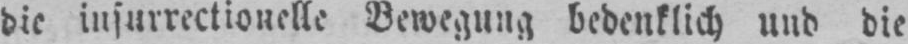
die insurrectionelle Bewegung bedenklich und die